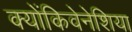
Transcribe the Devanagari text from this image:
क्योंकिवेनेशिया